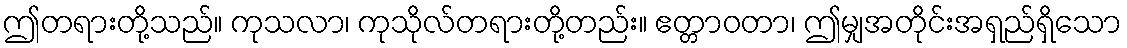
ဤတရားတို့သည်။ ကုသလာ၊ ကုသိုလ်တရားတို့တည်း။ ဧတ္တာဝတာ၊ ဤမျှအတိုင်းအရှည်ရှိသော